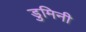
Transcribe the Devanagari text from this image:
डुमिनी